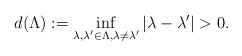
LaTeX: \begin{align*}d(\Lambda):=\inf_{\lambda,\lambda'\in\Lambda,\lambda\ne\lambda'}|\lambda-\lambda'|>0.\end{align*}